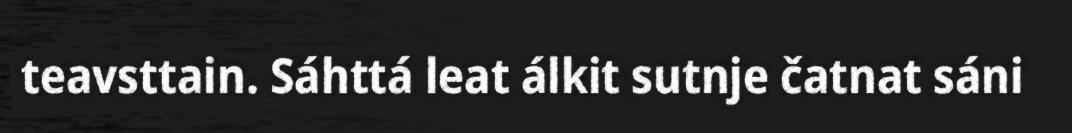
teavsttain. Sáhttá leat álkit sutnje čatnat sáni